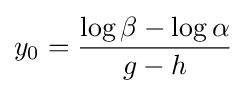
y_{0}={\frac {\operatorname {log} \beta -\operatorname {log} \alpha }{g-h}}